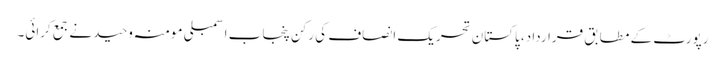
رپورٹ کے مطابق قرارداد، پاکستان تحریک انصاف کی رکن پنجاب اسمبلی مومنہ وحید نے جمع کرائی۔